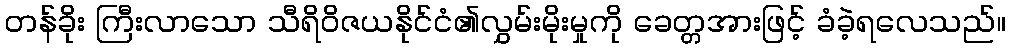
တန်ခိုး ကြီးလာသော သီရိဝိဇယနိုင်ငံ၏လွှမ်းမိုးမှုကို ခေတ္တအားဖြင့် ခံခဲ့ရလေသည်။